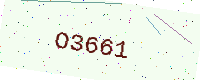
Text: O3661